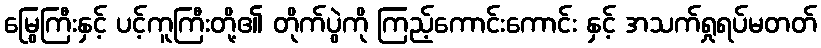
မြွေကြီးနှင့် ပင့်ကူကြီးတို့၏ တိုက်ပွဲကို ကြည့်ကောင်းကောင်း နှင့် အသက်ရှုရပ်မတတ်